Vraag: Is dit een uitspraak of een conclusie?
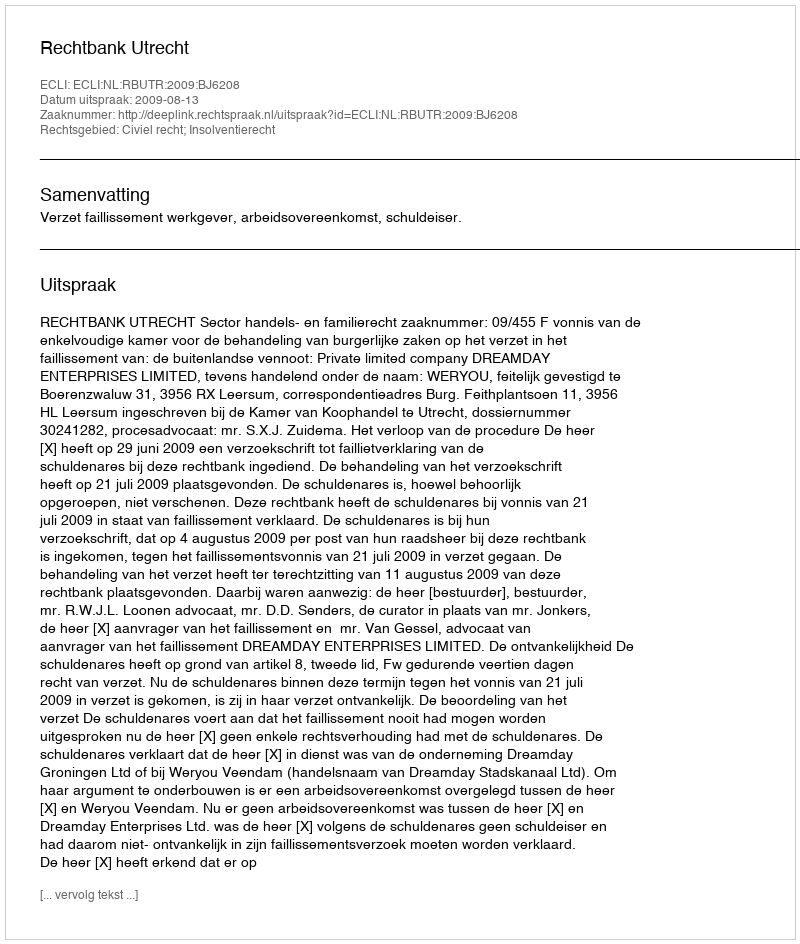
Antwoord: Uitspraak